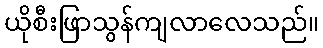
ယိုစီးဖြာသွန်ကျလာလေသည်။